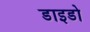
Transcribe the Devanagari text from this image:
डाइडो